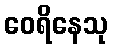
ဝေရိနေသု